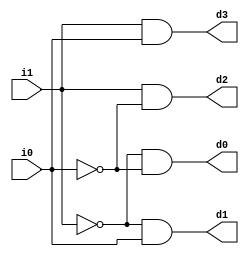
module decoder2_4(output d3, d2, d1, d0, input i1, i0);

    wire i0_c, i1_c;
    
    not(i0_c, i0);
    not(i1_c, i1);

    and(d3, i1, i0);
    and(d2, i1, i0_c);
    and(d1, i1_c, i0);
    and(d0, i1_c, i0_c);

endmodule